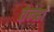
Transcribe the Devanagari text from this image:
तेन्व्हा